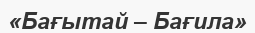
«Бағытай – Бағила»